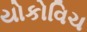
યોકોવિચ